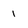
Character: 1